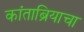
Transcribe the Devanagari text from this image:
कांताब्रियाचा